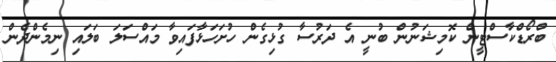
ބްރޯޑްކާސްޓީން ކޮމިޝަނުން ބުނީ އެ ދަރުސާ ގުޅިގެން ހުށަހަޅާފައިވާ މައްސަލަ ބަލައި ނިމެންދެން